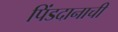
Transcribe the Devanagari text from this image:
पिंडदानाची